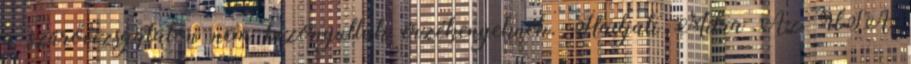
a szűrővizsgálaton nem bizonyultak érzékenyeknek. Hadjati Mitra Az USA